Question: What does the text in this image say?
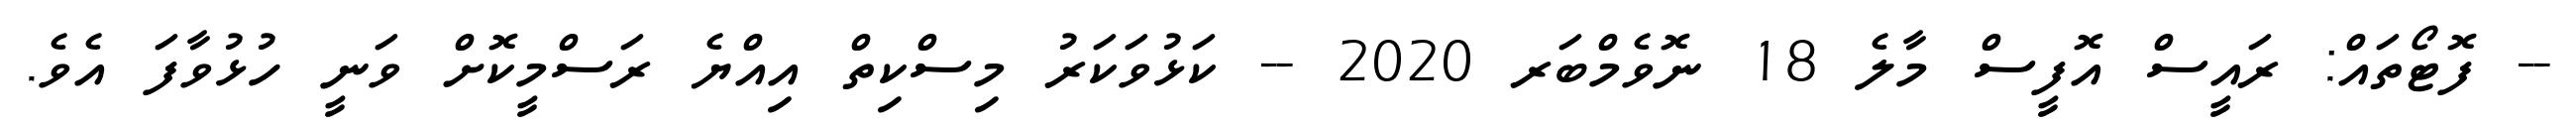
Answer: -- ފޮޓޯތައް: ރައީސް އޮފީސް މާލެ 18 ނޮވެމްބަރ 2020 -- ކަޅުވަކަރު މިސްކިތް އިއްޔެ ރަސްމީކޮށް ވަނީ ހުޅުވާފަ އެވެ.